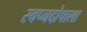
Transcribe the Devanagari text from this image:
स्वप्नदोषाला